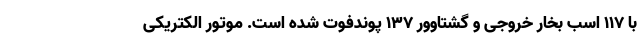
با 117 اسب بخار خروجی و گشتاوور 137 پوندفوت شده است. موتور الکتریکی